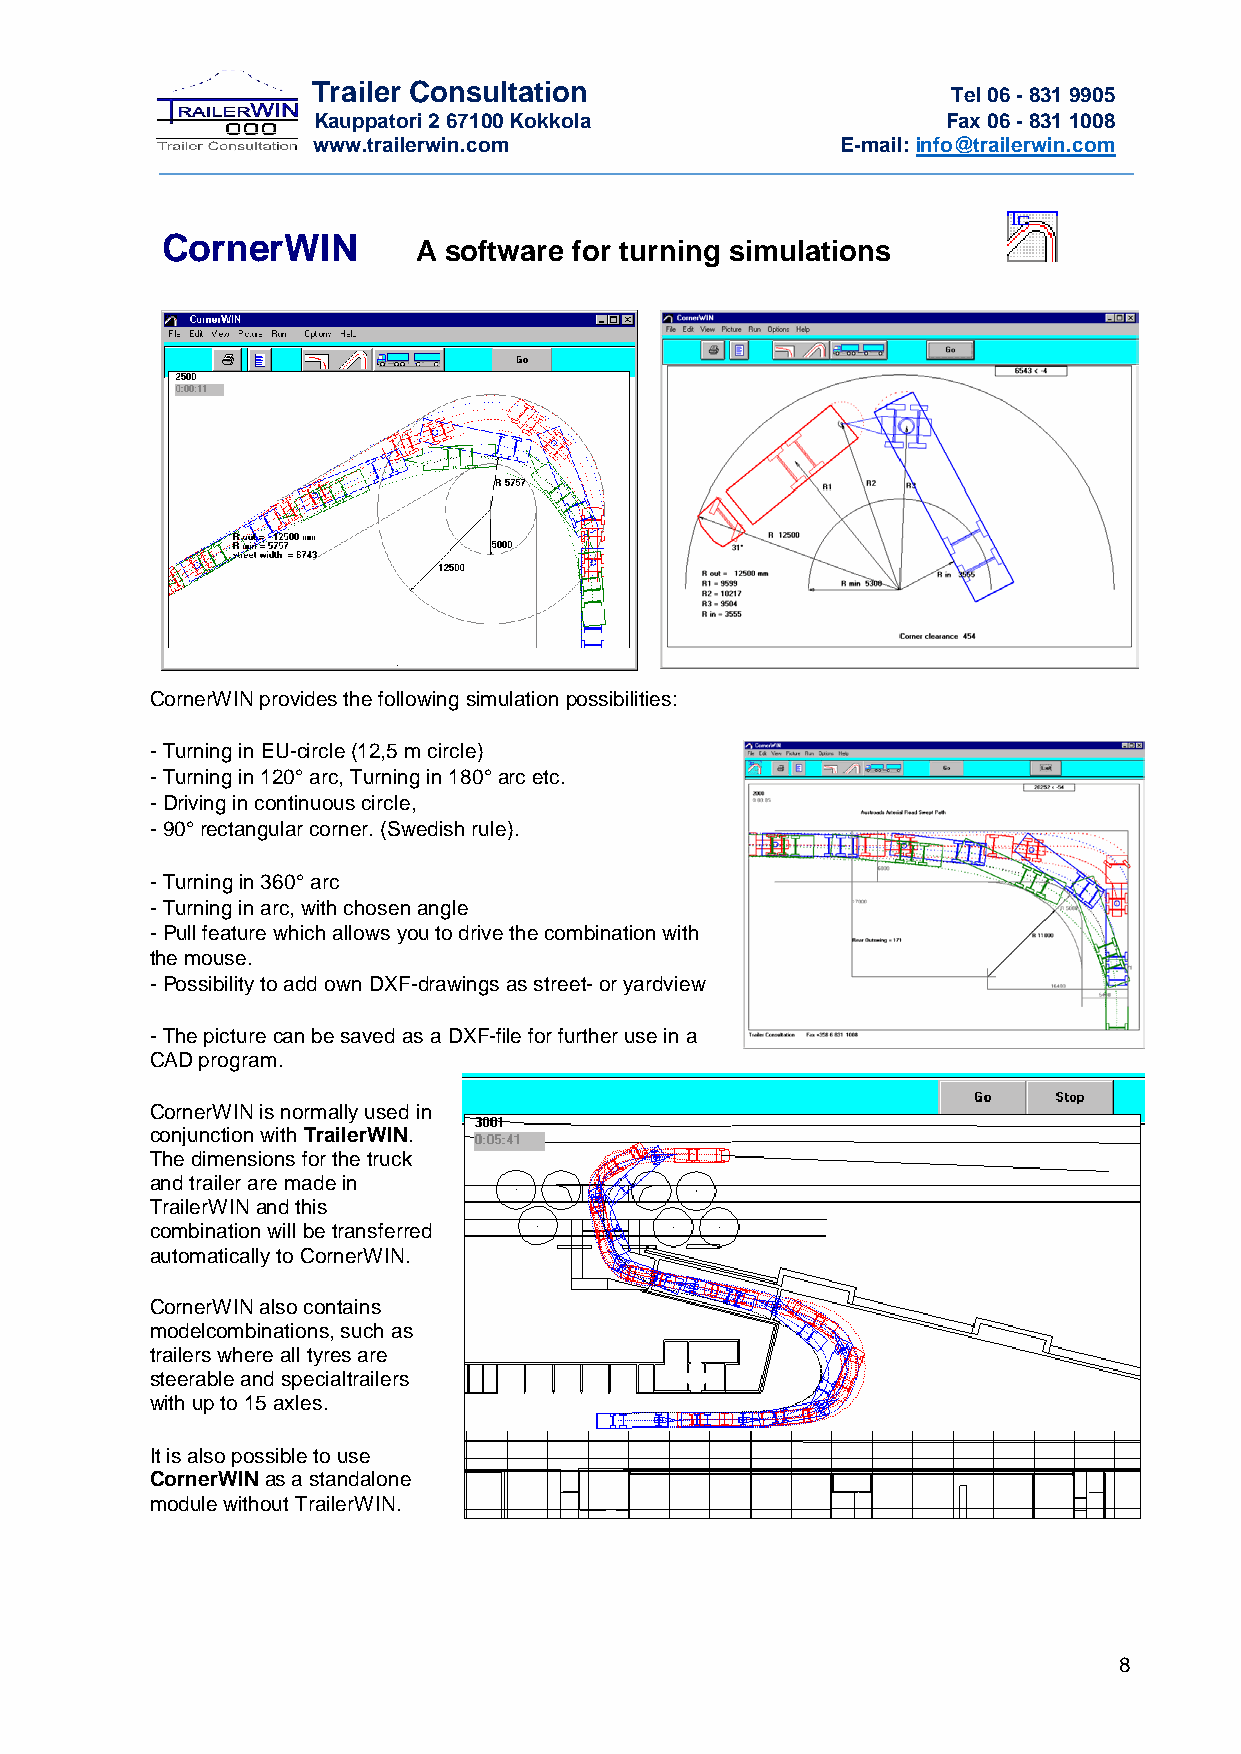
Trailer Consultation                      Tel 06 - 831 9905
 Kauppatori 2 67100 Kokkola                Fax 06 - 831 1008
 www.trailerwin.com                 E-mail: info@trailerwin.com
 CornerWIN        A software for turning simulations
 CornerWIN provides the following simulation possibilities:
 - Turning in EU-circle (12,5 m circle)
 - Turning in 120° arc, Turning in 180° arc etc.
 - Driving in continuous circle,
 - 90° rectangular corner. (Swedish rule).
 - Turning in 360° arc
 - Turning in arc, with chosen angle
 - Pull feature which allows you to drive the combination with
 the mouse.
 - Possibility to add own DXF-drawings as street- or yardview
 - The picture can be saved as a DXF-file for further use in a
 CAD program.
 CornerWIN is normally used in
 conjunction with TrailerWIN.
 The dimensions for the truck
 and trailer are made in
 TrailerWIN and this
 combination will be transferred
 automatically to CornerWIN.
 CornerWIN also contains
 modelcombinations, such as
 trailers where all tyres are
 steerable and specialtrailers
 with up to 15 axles.
 It is also possible to use
 CornerWIN as a standalone
 module without TrailerWIN.
 8